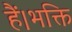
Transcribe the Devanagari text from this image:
हैं।भक्ति